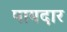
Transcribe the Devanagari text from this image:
पायदार